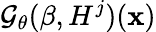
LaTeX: \mathcal{G}_{\theta}(\beta,H^{j})(\mathbf{x})